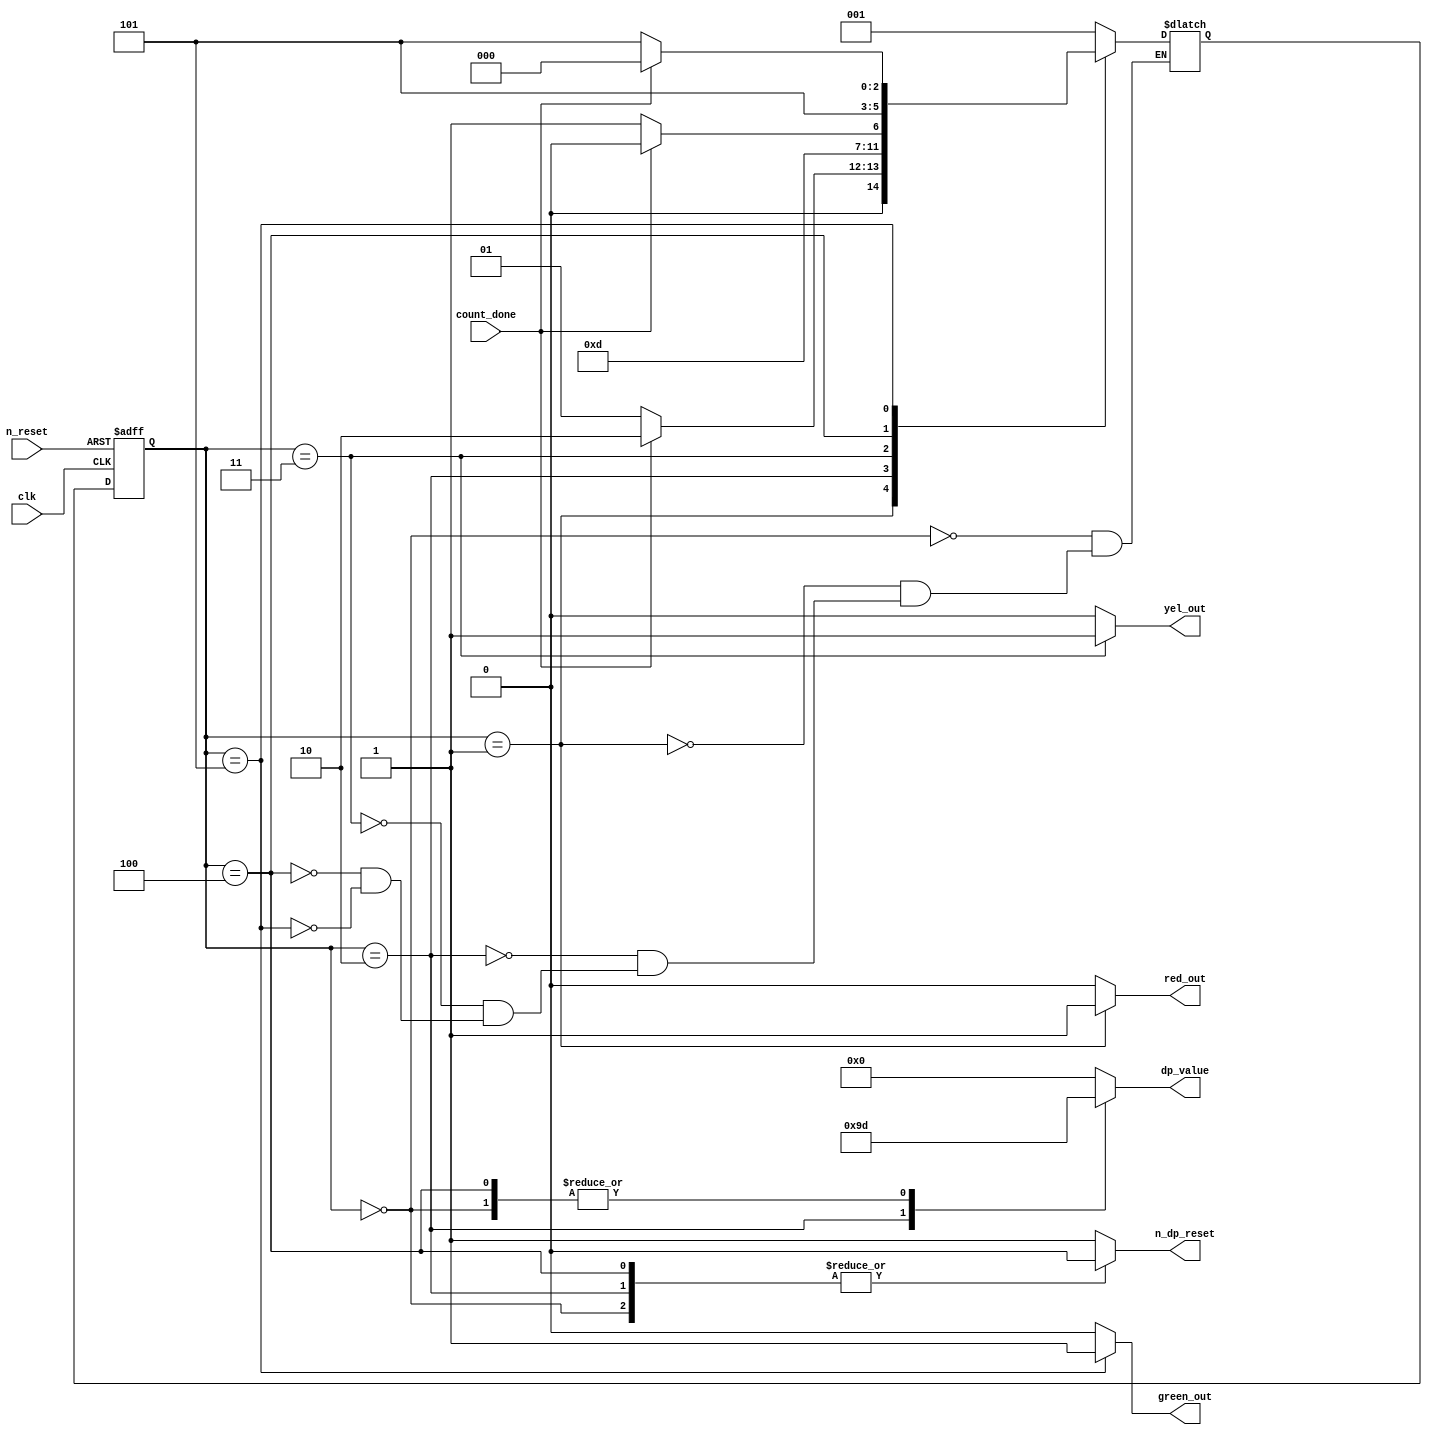
`timescale 1ns / 1ps
//////////////////////////////////////////////////////////////////////////////////
// Company: 
// 
// Design Name: Traffic Light Controller control unit
// Module Name: traffic_light_controller_cu
// Project Name: Traffic Light Controller
// Target Devices: 
// Tool Versions: 
// Description: a FSM control unit for the traffic light controller
// 
// Dependencies: 
// 
// Revision:
// Revision 0.01 - File Created
// Additional Comments:
// 
//////////////////////////////////////////////////////////////////////////////////


module traffic_light_controller_cu(
        input clk, n_reset,
        input count_done,
        output reg n_dp_reset, 
        output reg [4:0] dp_value,
        output reg red_out, yel_out, green_out 
    );

    // maximum count in seconds
    localparam  MAX_COUNT_RED   = 30,
                MAX_COUNT_YEL   = 5,
                MAX_COUNT_GREEN = 30;

    localparam [2:0]    cntr_red    = 3'b000,    
                        wait_red    = 3'b001, 
                        cntr_yel    = 3'b010, 
                        wait_yel    = 3'b011, 
                        cntr_green  = 3'b100, 
                        wait_green  = 3'b101; 

    reg [2:0] current_state, next_state;
    
    // state register
    always @(posedge clk or negedge n_reset) begin
        if(!n_reset)
            current_state <= cntr_red;
        else
            current_state <= next_state;
    end

    // state logic
    always @(*) begin
        // default values
        n_dp_reset = 1;
        dp_value  = 0;
        {red_out, yel_out, green_out} = 3'b0;

        case (current_state)
            cntr_red: begin
                next_state = wait_red;

                n_dp_reset = 0;
                dp_value = MAX_COUNT_RED - 1;
            end
            wait_red : begin
                if(count_done) next_state = cntr_yel;
                else next_state = wait_red;

                n_dp_reset = 1;
                red_out = 1;
            end
            cntr_yel: begin
                next_state = wait_yel;

                n_dp_reset = 0;
                dp_value = MAX_COUNT_YEL - 1;
            end
            wait_yel : begin
                if(count_done) next_state = cntr_yel;
                else next_state = wait_yel;

                n_dp_reset = 1;
                yel_out = 1;
            end
            cntr_green: begin
                next_state = wait_green;

                n_dp_reset = 0;
                dp_value = MAX_COUNT_GREEN - 1;
            end
            wait_green : begin
                if(count_done) next_state = cntr_red;
                else next_state = wait_green;

                n_dp_reset = 1;
                green_out = 1;
            end
        endcase
    end

endmodule